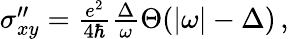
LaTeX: \begin{array}{r}{\sigma_{xy}^{\prime\prime}=\frac{e^{2}}{4\hbar}\frac{\Delta}{\omega}\Theta(|\omega|-\Delta)\, ,}\end{array}